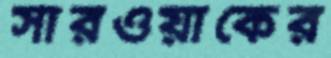
সারওয়াকের